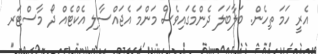
އެރީ ހަމަ ތިހެން. ބަލާބަލަ ދެންމެގައިވެސް މަންމަ އެޖައްސާލި އެކްޓެއް ދޯ މާސްޓަރ